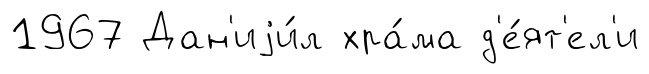
1967 Дан'иjи́л хра́ма д'е́ят'ел'и